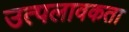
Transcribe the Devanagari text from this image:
उत्पलावकता